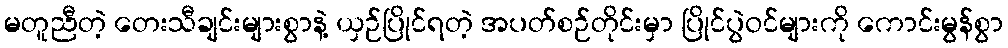
မတူညီတဲ့ တေးသီချင်းများစွာနဲ့ ယှဉ်ပြိုင်ရတဲ့ အပတ်စဉ်တိုင်းမှာ ပြိုင်ပွဲဝင်များကို ကောင်းမွန်စွာ